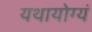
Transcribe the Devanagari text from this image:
यथायोग्यं